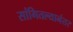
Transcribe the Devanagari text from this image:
सांगितल्यानंतर